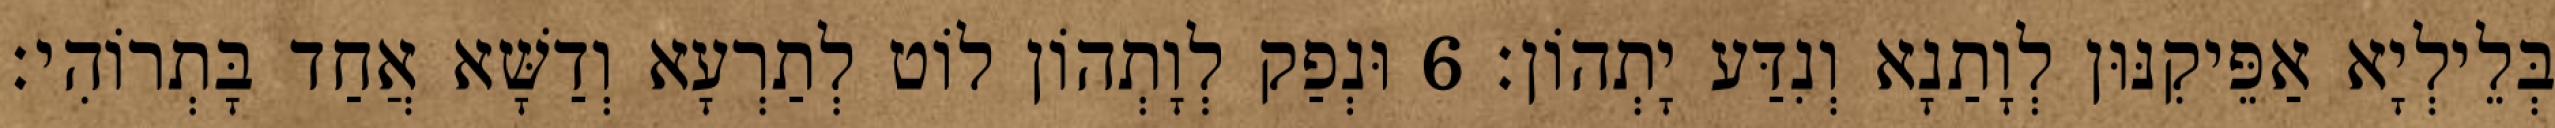
בְּלֵילְיָא אַפֵּיקִנּוּן לְוָתַנָא וְנִדַּע יָתְהוֹן׃ 6 וּנְפַק לְוָתְהוֹן לוֹט לְתַרְעָא וְדַשָּׁא אֲחַד בָּתְרוֹהִי׃